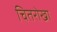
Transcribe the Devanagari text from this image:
चितरोखा